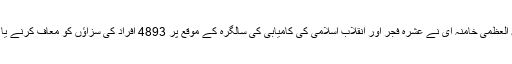
رہبر معظم انقلاب اسلامی حضرت آیت اللہ العظمی خامنہ ای نے عشرہ فجر اور انقلاب اسلامی کی کامیابی کی سالگرہ کے موقع پر 4893 افراد کی سزاؤں کو معاف کرنے یا ان میں تخفیف کرنے سے موافقت کی ہے۔